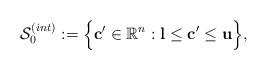
LaTeX: \begin{align*} \mathcal{S}^{(int)}_0 := \Big\{\mathbf{c}' \in \mathbb{R}^{n}: \mathbf{l} \leq \mathbf{c}' \leq \mathbf{u}\Big\},\end{align*}